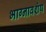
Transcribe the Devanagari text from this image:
भाग्नावशेष